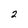
Character: 2